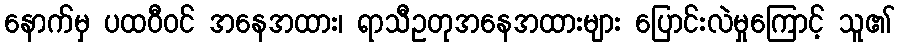
နောက်မှ ပထဝီဝင် အနေအထား၊ ရာသီဥတုအနေအထားများ ပြောင်းလဲမှုကြောင့် သူ၏